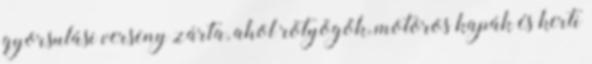
gyorsulási verseny zárta, ahol rötyögők, motoros kapák és kerti